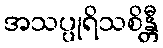
အသပ္ပုရိသစိန္တီ